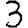
Digit: 3